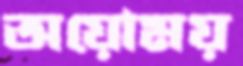
অয়োময়